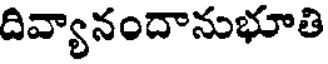
దివ్యానందానుభూతి